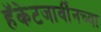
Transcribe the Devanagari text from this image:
हॅकेटजार्वींनच्या